Annual statistical returns and brief notes on vaccination in Bengal - 1909-1929
Year: 1909
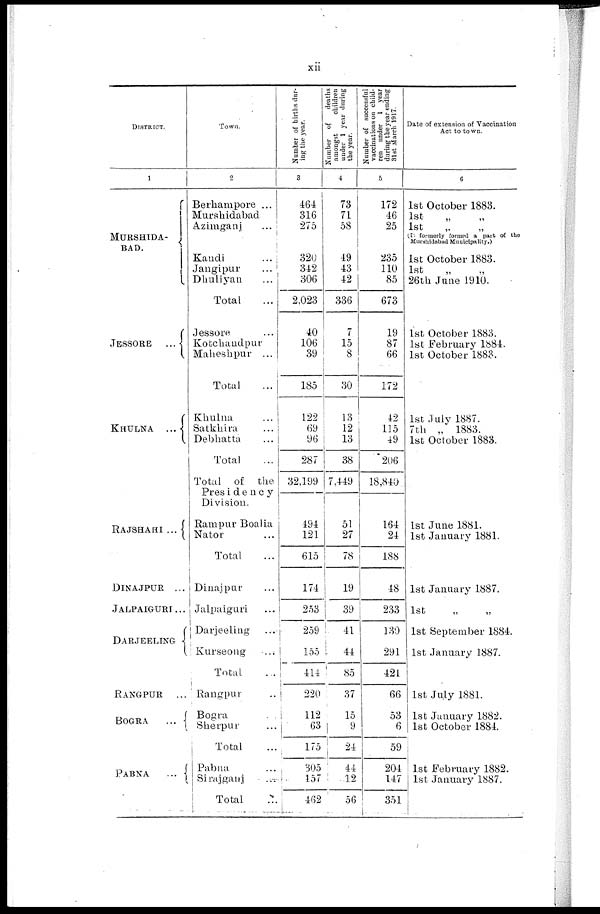
xii
DISTRICT.
1
MUTRSHlDA¬
BAD.
JESSORE...
KHULNA...
RAJSHAHI ...
DINAJPUR...
JALPAIGURI...
DARJEELING...
RANGPUR...
BOGRA...
PABNA...
Town.
2
Berhampore ...
Murshidabad...
Azimganj...
Kandi...
Jangipur...
Dhuliyan...
Total
Jessore...
Kotchandpur...
Maheshpur...
Total
Khulna...
Satkhira...
Debhatta...
Total
Total of the
Presidency.
Division.
Rampur Boalia...
Nator...
Total
Dinajpur...
Jalpaiguri...
Darjeeling...
Kurseong...
Total
Rangpur...
Bogra...
Sherpur...
Total
Pabna...
Sirajganj...
Total
Number of births dur-
ing the year.
3
464
316
275
320
342
306
2,023
40
106
39
185
122
69
96
287
32,199
494
121
615
174
253
259
155
414
220
112
63
175
305
157
462
Number of
deaths
amongst
children
under 1 year during
the year.
4
73
71
58
49
43
42
336
7
15
8
30
13
12
13
38
7,449
51
27
78
19
39
41
44
85
37
15
9
24
44
12
56
Number of successful
vaccinations on child-
ren under 1 year
during the year ending
31st March 1917.
5
172
46
25
235
110
85
673
19
87
66
172
42
115
49
206
18,840
164
24
188
48
233
130
291
421
66
53
6
59
204
147
351
Date of extension of Vaccination
Act to town.
6
1st October 1883.
1st „ „
(It formerly formed a part of the
Murshidabad Municipality.)
1st October 1883.
1st „ „
26th June 1910.
1st October 1883.
1st February 1884.
1st October 1883.
1st July 1887.
7th „ 1883.
1st October 1883.
1st June 1881.
1st January 1881.
1st January 1887.
1st
„
„
1st September 1884.
1st January 1887.
1st July 1881.
1st January 1882.
1st October 1884.
1st February 1882.
1st January 1887.